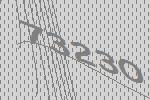
73230